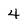
Character: 4